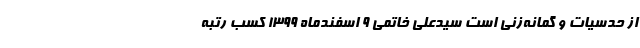
از حدسیات و گمانه‌زنی‌ است سیدعلی خاتمی ۹ اسفندماه ١٣٩٩‌ کسب رتبه